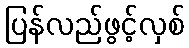
ပြန်လည်ဖွင့်လှစ်